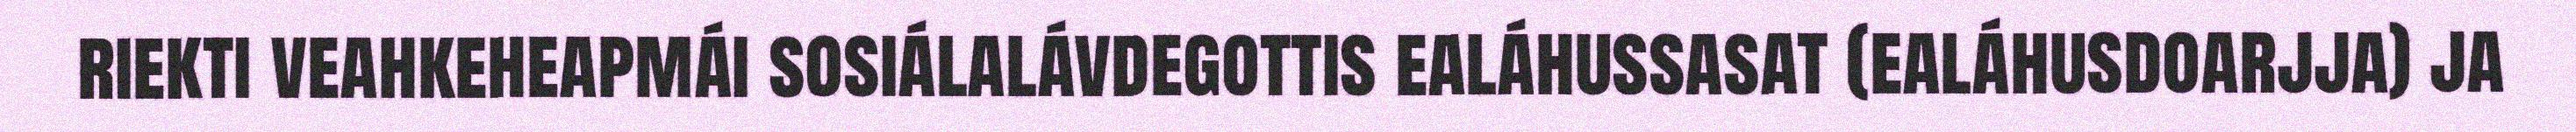
riekti veahkeheapmái sosiálalávdegottis ealáhussasat (ealáhusdoarjja) ja